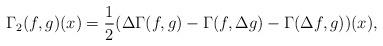
LaTeX: \begin{align*}\Gamma_2(f,g)(x) = \frac{1}{2}(\Delta \Gamma(f,g) - \Gamma(f, \Delta g) - \Gamma(\Delta f, g))(x),\end{align*}